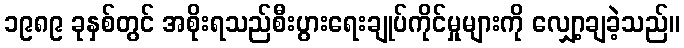
၁၉၈၉ ခုနှစ်တွင် အစိုးရသည်စီးပွားရေးချုပ်ကိုင်မှုများကို လျှော့ချခဲ့သည်။